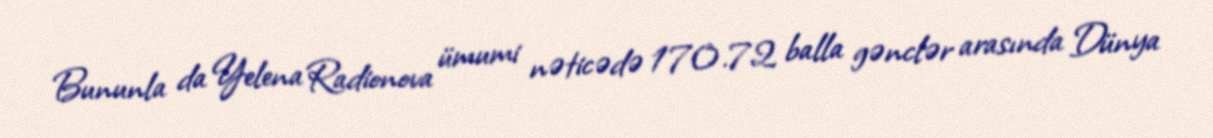
Bununla da Yelena Radionova ümumi nəticədə 170.72 balla gənclər arasında Dünya